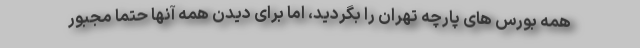
همه بورس های پارچه تهران را بگردید، اما برای دیدن همه آنها حتما مجبور